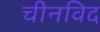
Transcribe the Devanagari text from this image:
चीनविद